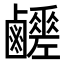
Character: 𪊈